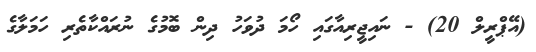
(އޭޕްރީލް 20) - ނައިޖީރިއާގައި ހޯމަ ދުވަހު ދިން ބޮމުގެ ނުރައްކާތެރި ހަމަލާގެ